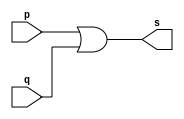
// -------------------------
// Exemplo0004 - OR 
// Nome:Felipe Pacfico
// ------------------------- 
// ------------------------- 
// -- or gate 
// ------------------------- 
module orgate ( output s, 
input p, q); 
assign s = p | q; 
endmodule // orgate 
// --------------------- 
// -- test or gate 
// --------------------- 
module testorgate; 
// ------------------------- dados locais 
reg a, b; // definir registradores 
wire s; // definir conexao (fio) 
// ------------------------- instancia 
orgate OR1 (s, a, b); 
// ------------------------- preparacao 
initial begin:start 
a=0; b=0; 
end 
// ------------------------- parte principal 
initial begin 
$display("Exemplo0004 - Felipe Pacifico - 389868"); 
$display("Test OR gate"); 
$display("\na & b = s\n"); 
a=0; b=0; 
#1 $display("%b & %b = %b", a, b, s); 
a=0; b=1; 
#1 $display("%b & %b = %b", a, b, s); 
a=1; b=0; 
#1 $display("%b & %b = %b", a, b, s); 
a=1; b=1; 
#1 $display("%b & %b = %b", a, b, s); 
end 
endmodule // testorgate